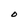
Character: O